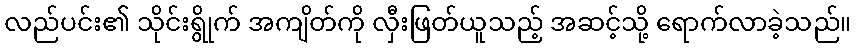
လည်ပင်း၏ သိုင်းရွိုက် အကျိတ်ကို လှီးဖြတ်ယူသည့် အဆင့်သို့ ရောက်လာခဲ့သည်။